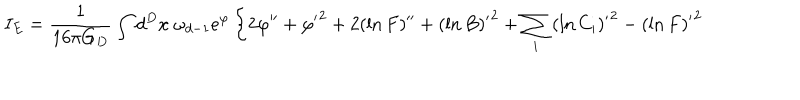
LaTeX: I _ { E } = { \frac { 1 } { 1 6 \pi G _ { D } } } \int d ^ { D } x \ \omega _ { d - 1 } e ^ { \varphi } \left\{ 2 \varphi ^ { \prime \prime } + { \varphi ^ { \prime } } ^ { 2 } + 2 ( \ln F ) ^ { \prime \prime } + { ( \ln B ) ^ { \prime } } ^ { 2 } + \sum _ { i } { ( \ln C _ { i } ) ^ { \prime } } ^ { 2 } - { ( \ln F ) ^ { \prime } } ^ { 2 } \right.